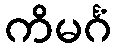
ကိမင်္ဂံ